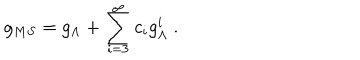
LaTeX: g _ { M S } = g _ { \Lambda } + \sum _ { i = 3 } ^ { \infty } c _ { i } g _ { \Lambda } ^ { i } \ .